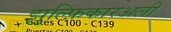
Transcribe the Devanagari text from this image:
झुल्फ़िकारअली